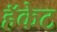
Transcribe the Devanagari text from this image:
हॅकेट